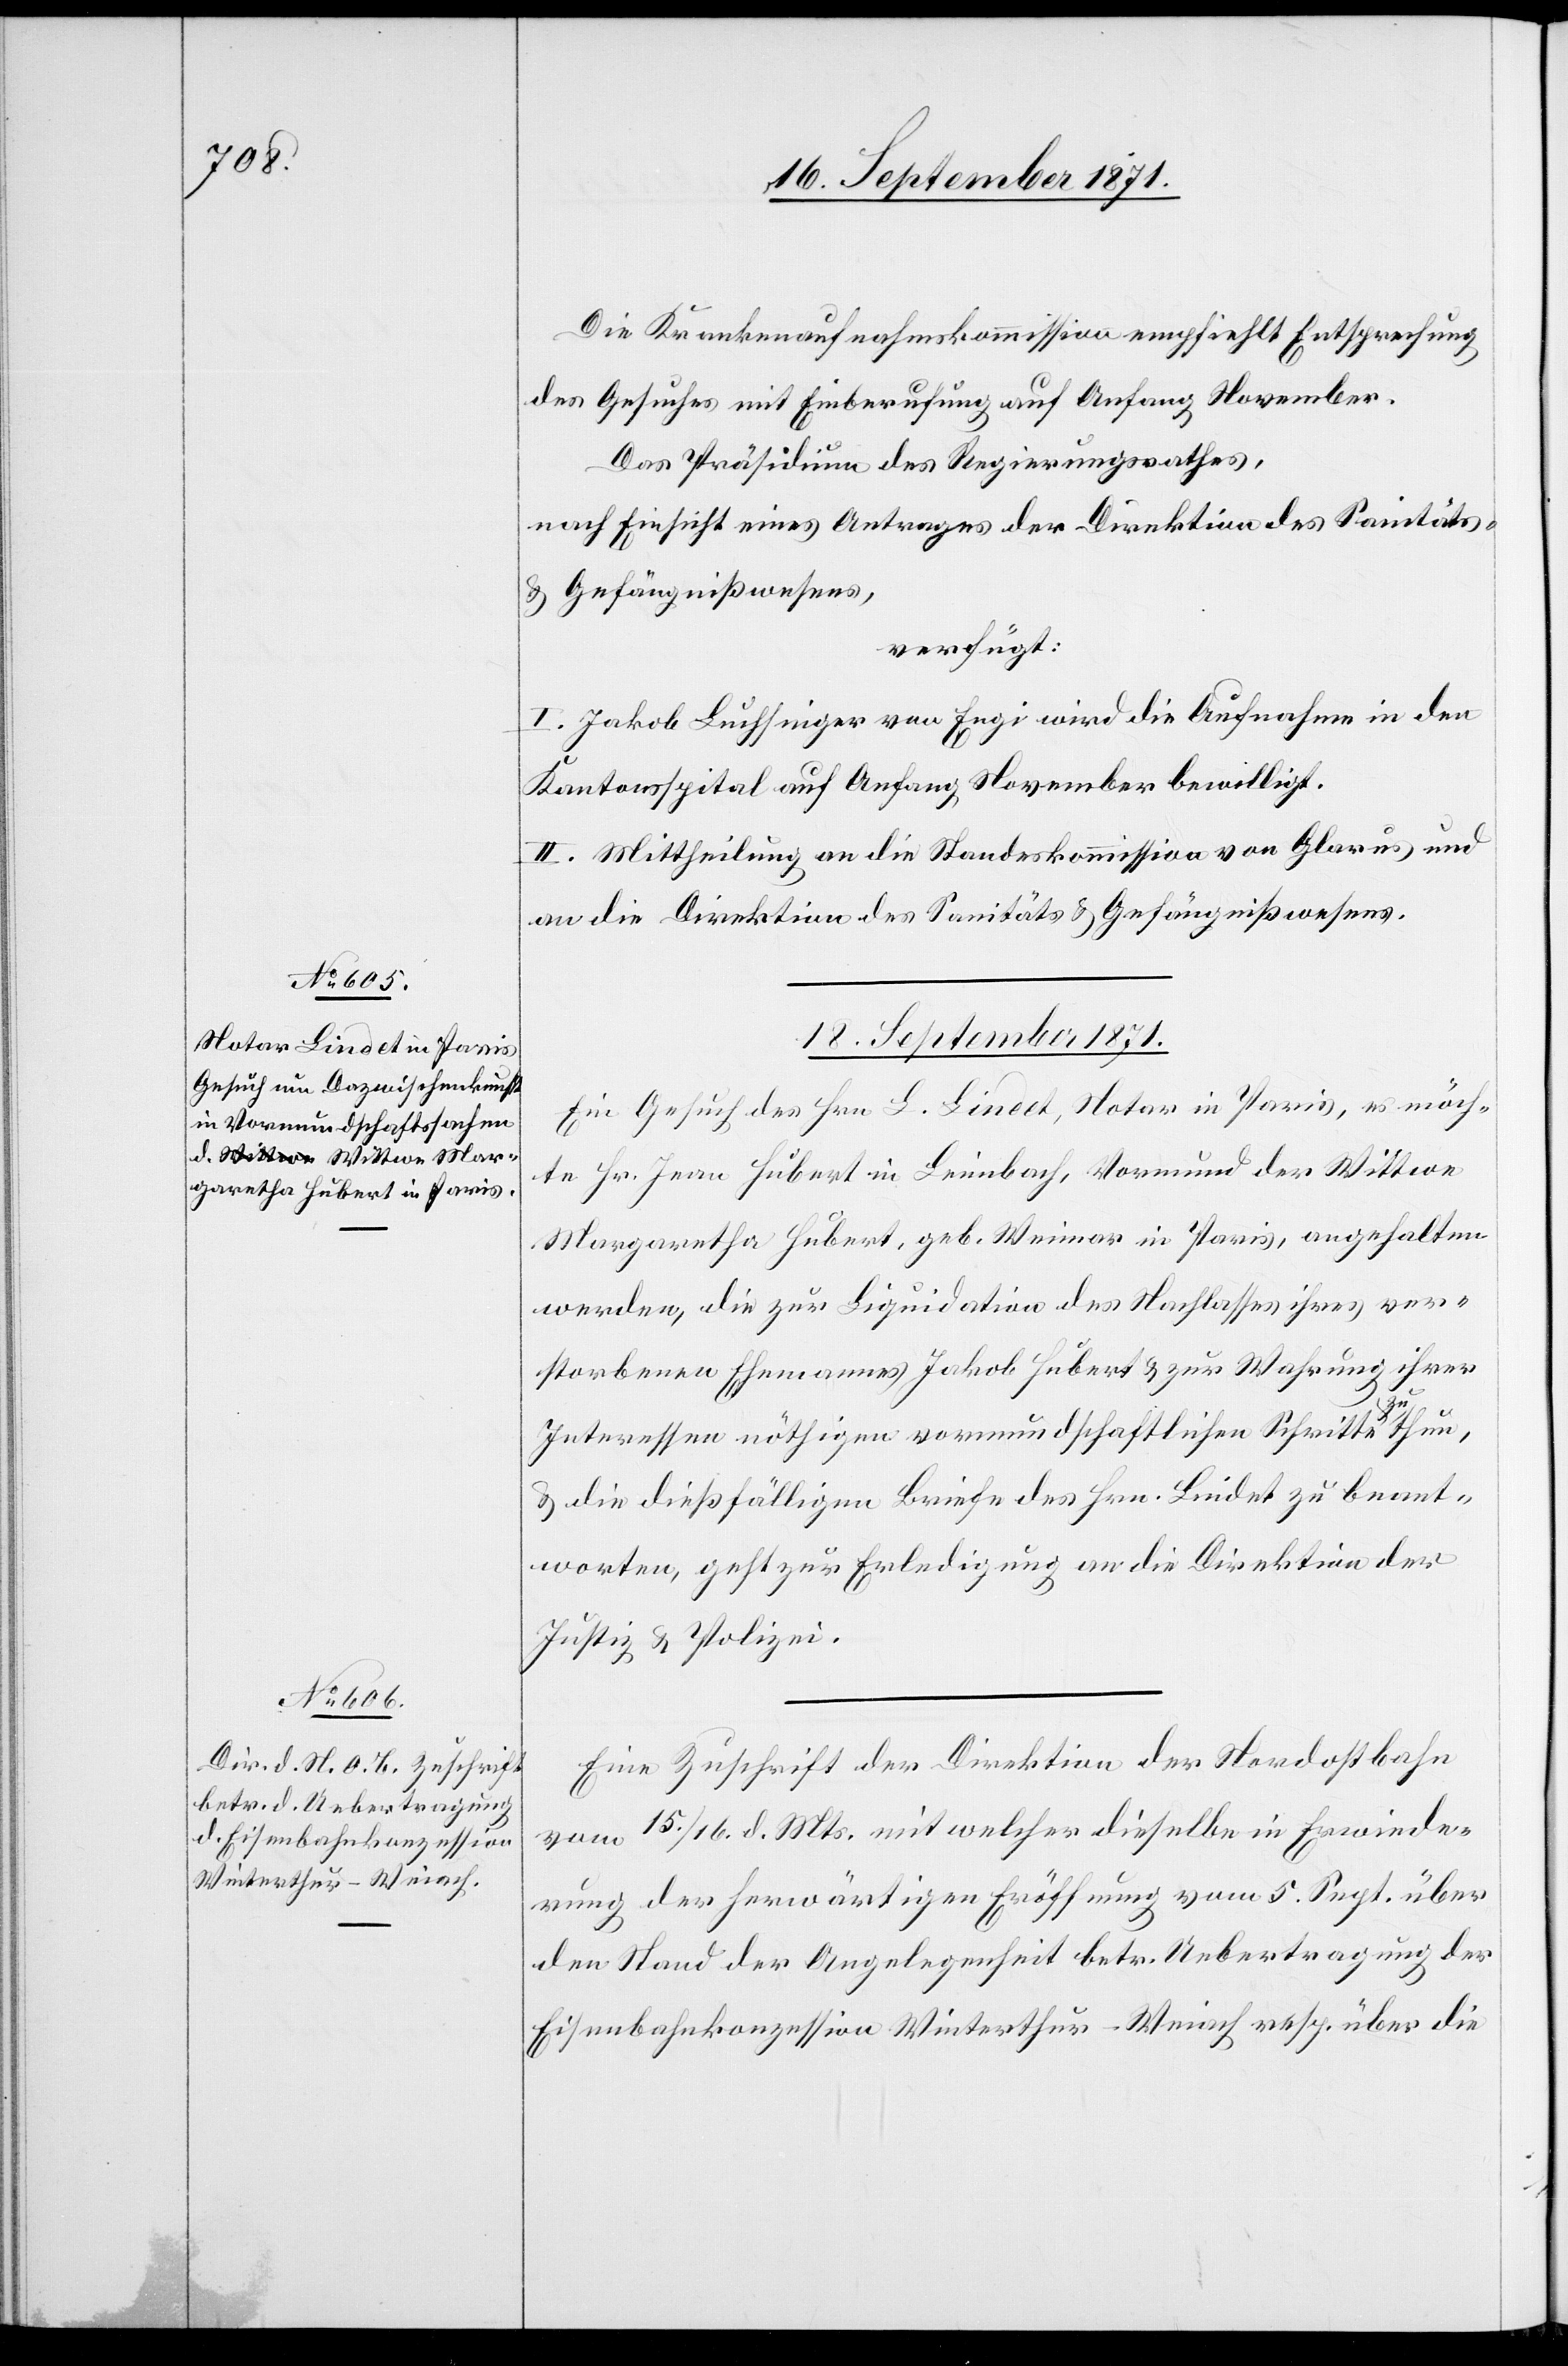
18. September 1871.]
Die Krankenaufnahmskommission empfiehlt Entsprechung
des Gesuches mit Einberufung auf Anfang November.
Das Präsidium des Regierungsrathes,
nach Einsicht eines Antrages der Direktion des Sanitäts-
& Gefängnißwesens,
verfügt:
I. Jakob Luchsinger von Engi wird die Aufnahme in den
Kantonsspital auf Anfang November bewilligt.
II. Mittheilung an die Standeskommission von Glarus und
an die Direktion des Sanitäts- & Gefängnißwesens.
Ein Gesuch des Hrn. L. Lindet, Notar in Paris, es möch¬
te Hr. Jean Hubert in Leimbach, Vormund der Wittwe
Margaretha Hubert, geb. Weimar in Paris, angehalten
werden, die zur Liquidation des Nachlasses ihres ver¬
storbenen Ehemannes Jakob Hubert & zur Wahrung ihrer
Interessen nöthigen vormundschaftlichen Schritte zu thun,
& die dießfälligen Briefe des Hrn. Lindet zu beant¬
worten, geht zur Erledigung an die Direktion der
Justiz & Polizei.
Eine Zuschrift der Direktion der Nordostbahn
vom 15./16. d. Mts. mit welcher dieselbe in Erwiede¬
rung der herwärtigen Eröffnung vom 5. Sept. über
den Stand der Angelegenheit betr. Uebertragung der
Eisenbahnkonzession Winterthur–Weiach resp. über die